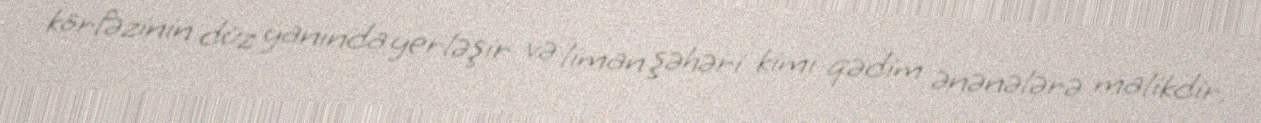
körfəzinin düz yanında yerləşir və liman şəhəri kimi qədim ənənələrə malikdir.